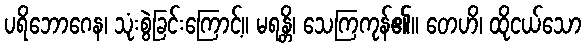
ပရိဘောဂေန၊ သုံးစွဲခြင်းကြောင့်။ မရန္တိ၊ သေကြကုန်၏။ တေဟိ၊ ထိုငယ်သော